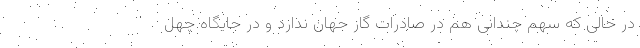
در حالی که سهم چندانی هم در صادرات گاز جهان ندارد و در جایگاه چهل